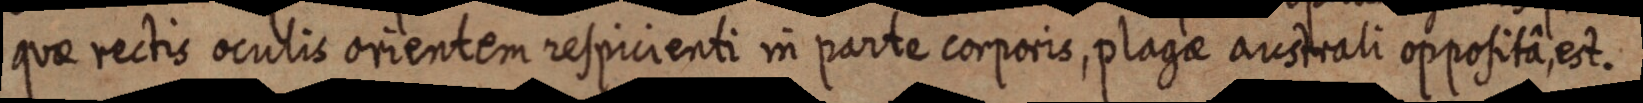
quae rectis oculis orientem respicienti in parte corporis, plagae australi oppositâ, est.